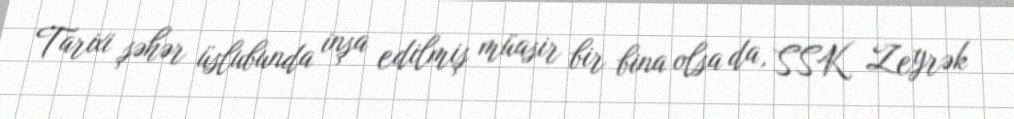
Tarixi şəhər üslubunda inşa edilmiş müasir bir bina olsa da, SSK Zeyrək